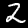
Digit: 2